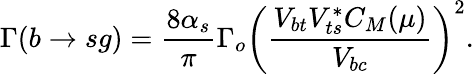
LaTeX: \Gamma(b\rightarrow sg)=\frac{8\alpha_{s}}{\pi}\Gamma_{o}\left(\frac{V_{bt}V_{ts}^{*}C_{M}(\mu)}{V_{bc}}\right)^{2}.